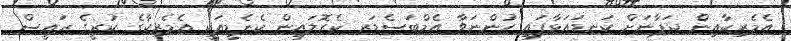
އެމެރިކާއިން ޖަޕާނަށް ކަނޑައަޅާފައި ހުންނަވާ އެމްބަސެޑަރ ކެރޮލައިން ކެނެޑީއަކީ އެމެރިކާގެ ކުރީގެ ރައީސް